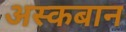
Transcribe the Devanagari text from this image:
अस्कबान